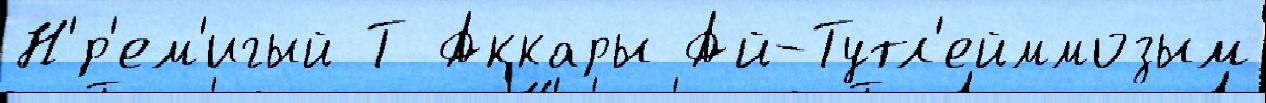
Н'́р'ем'игый Т Аккары Ай-Тутл'ейммозым